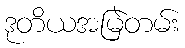
ဒုတိယအမြဲတမ်း